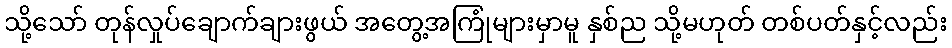
သို့သော် တုန်လှုပ်ချောက်ချားဖွယ် အတွေ့အကြုံများမှာမူ နှစ်ည သို့မဟုတ် တစ်ပတ်နှင့်လည်း